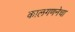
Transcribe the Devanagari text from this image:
कालगणनेचा